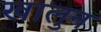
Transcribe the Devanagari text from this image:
खालुन